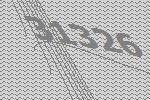
31326